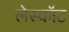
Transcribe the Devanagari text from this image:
लेस्कॉट